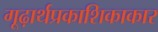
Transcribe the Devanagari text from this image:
गूढ़ार्थप्रकाशिकाकार